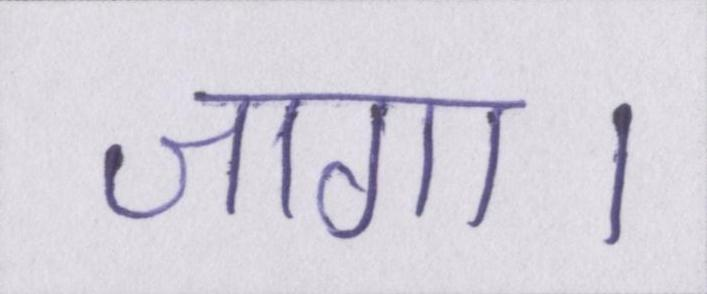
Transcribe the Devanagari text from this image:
जागा।